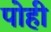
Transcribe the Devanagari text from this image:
पोही